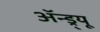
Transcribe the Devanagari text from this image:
ॲन्ड्र्‍यू